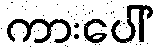
ကားပေါ်